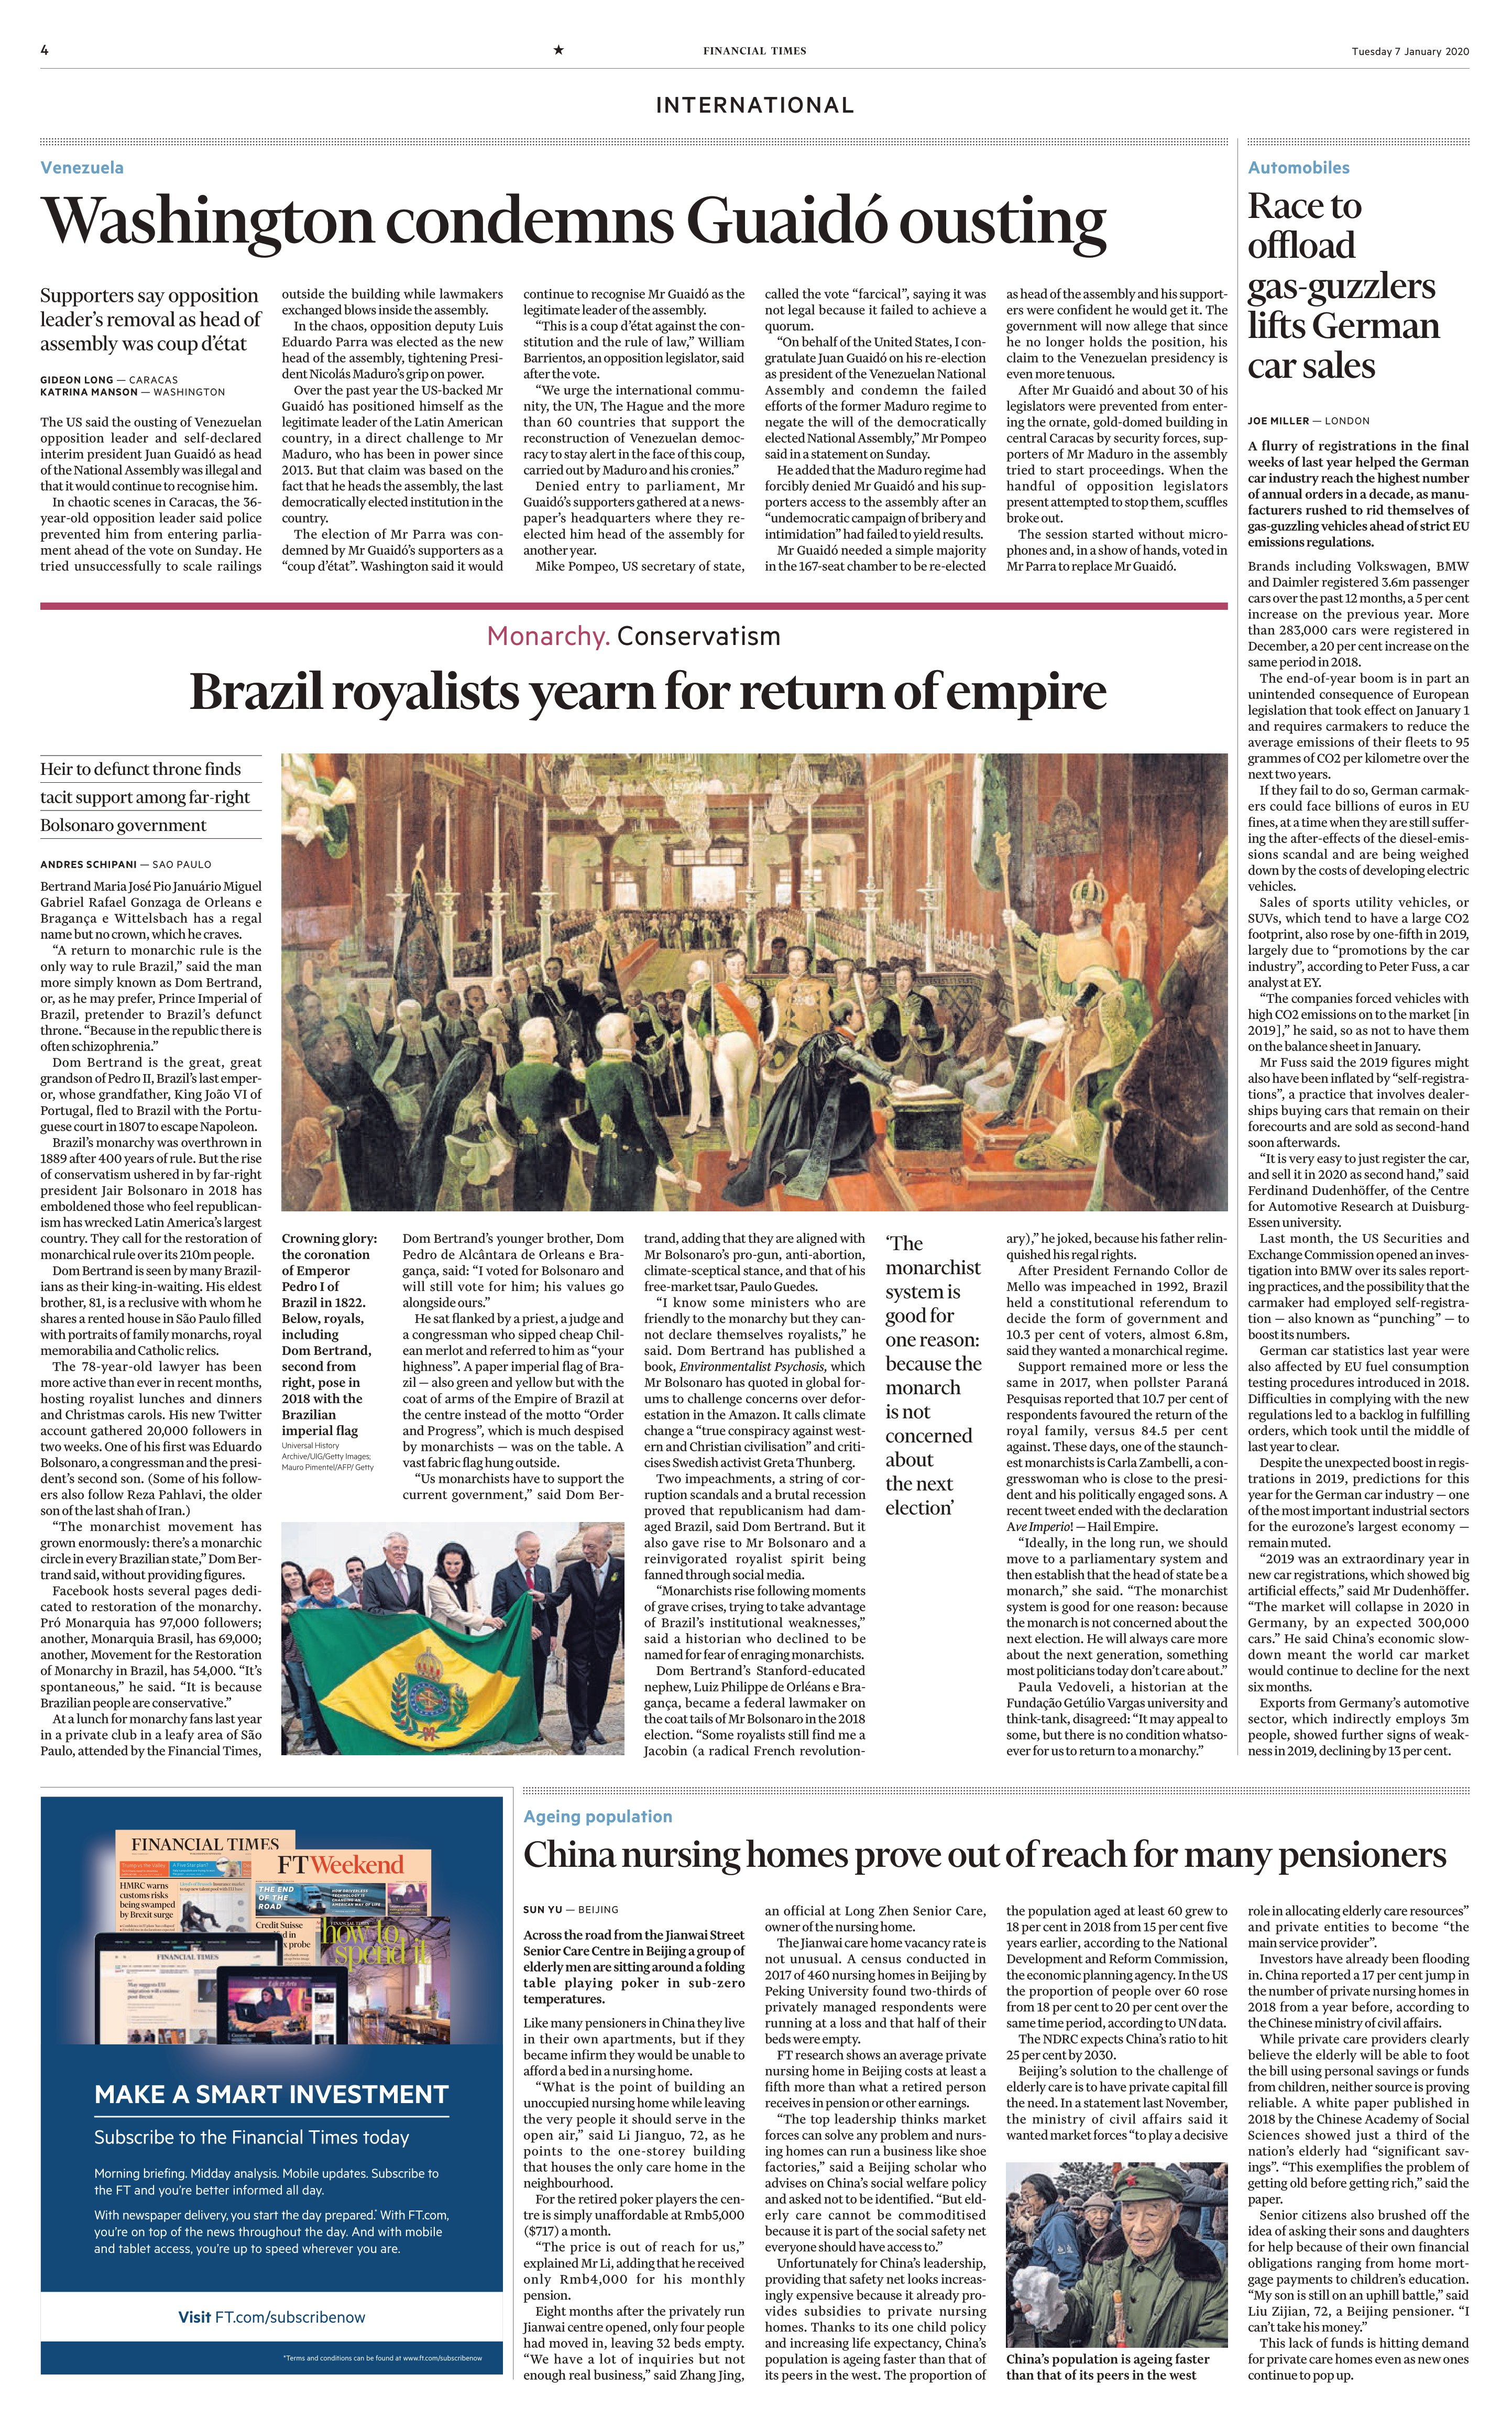
Language: en